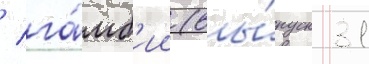
/ га́мб'ии (вы́пуск 31